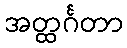
အတ္ထင်္ဂတာ